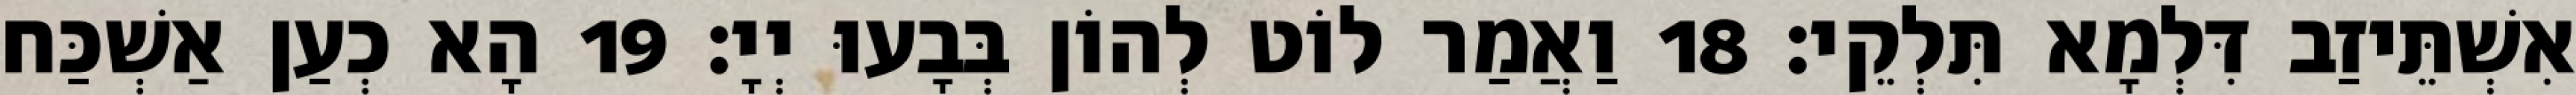
אִשְׁתֵּיזַב דִּלְמָא תִּלְקֵי׃ 18 וַאֲמַר לוֹט לְהוֹן בְּבָעוּ יְיָ׃ 19 הָא כְעַן אַשְׁכַּח